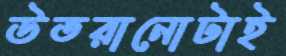
উতরানোটাই